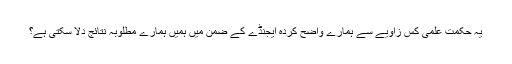
يہ حکمت علمی کس زاويے سے ہمارے واضح کردہ ايجنڈے کے ضمن ميں ہميں ہمارے مطلوبہ نتائج دلا سکتی ہے؟